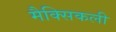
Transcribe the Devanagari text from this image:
मैक्सिकली